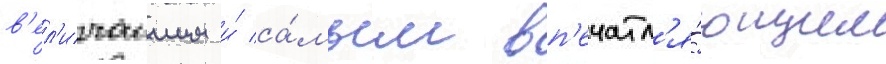
в'ел'ичаишим и́ са́мым вп'ечатл'я́ющим